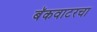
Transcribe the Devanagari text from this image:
बॅकवाटरचा